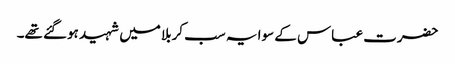
حضرت عباس کے سوا یہ سب کربلا میں شہید ہوگئے تھے۔